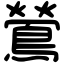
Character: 鶯